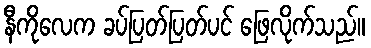
နီကိုလေက ခပ်ပြတ်ပြတ်ပင် ဖြေလိုက်သည်။